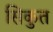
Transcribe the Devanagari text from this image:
सिकुत